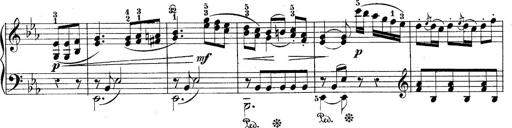
Title: 10 Sonatines progressives
Composer: Anton Schmoll